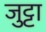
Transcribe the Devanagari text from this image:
जुट्टा